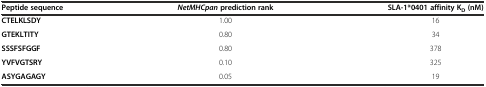
| Peptide sequence | NetMHCpanprediction rank | SLA-1*0401 affinity KD(nM) |
 | --- | --- | --- |
 | CTELKLSDY | 1.00 | 16 |
 | GTEKLTITY | 0.80 | 34 |
 | SSSFSFGGF | 0.80 | 378 |
 | YVFVGTSRY | 0.10 | 325 |
 | ASYGAGAGY | 0.05 | 19 |